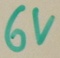
Text: 6V